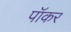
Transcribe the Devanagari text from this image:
पॉकर